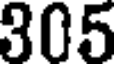
305